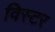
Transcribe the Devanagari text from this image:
विस्टर